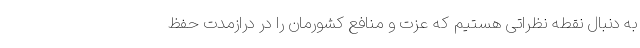
به دنبال نقطه نظراتی هستیم که عزت و منافع کشورمان را در درازمدت حفظ